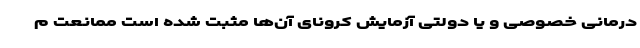
درمانی خصوصی و یا دولتی آزمایش کرونای آن‌ها مثبت شده است ممانعت م